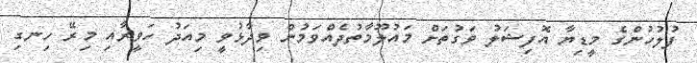
ފުލުހުންގެ މީޑިޔާ އޮފިޝަލު ވަގުތަށް މައުލޫމާތުދެއްވަމުން ވިދާޅުވީ މިއަދު ހަވީރާއި މިރޭ ހިނގި